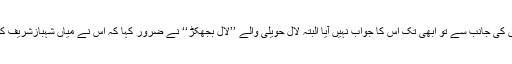
تحریکِ انصاف کے حلقوں کی جانب سے تو ابھی تک اِس کا جواب نہیں آیا البتہ لال حویلی والے ’’لال بجھکڑ‘‘ نے ضرور کہا کہ اُس نے میاں شہبازشریف کو این آر او مانگتے دیکھا۔